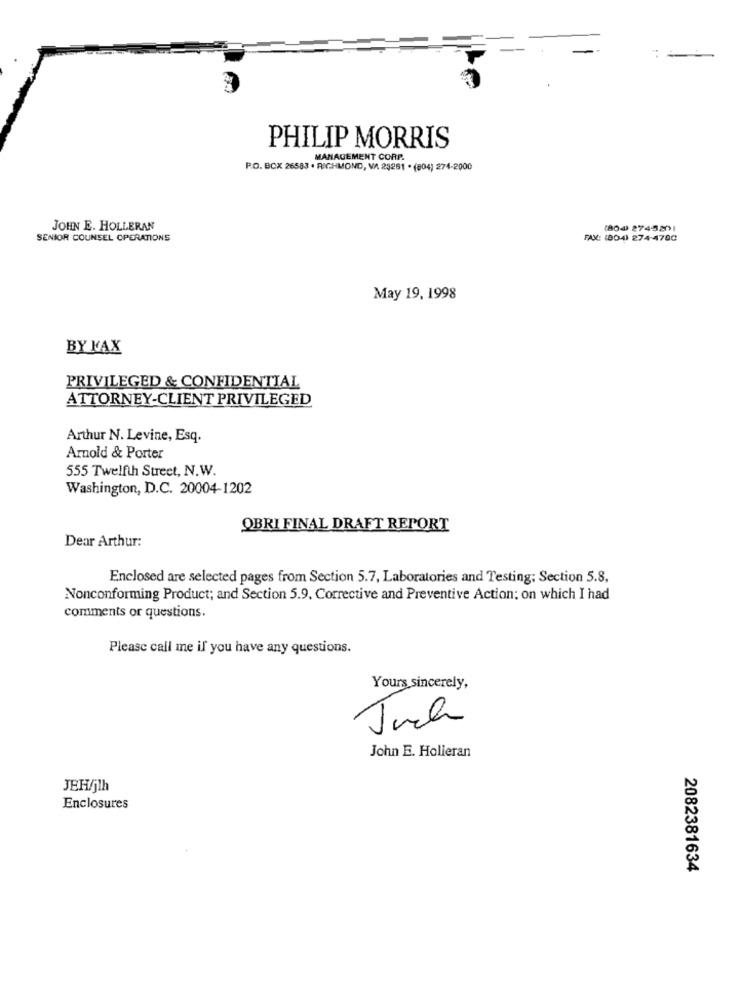
PHILIP MORRIS
MANAGEMENT CORP.
P.O. BOX 26583 · RICHMOND, VA 23261 · (804) 274-2000
JOHN E. HOLLERAN
(804) 274581
SENIOR COUNSEL OPERATIONS
FAX: (804) 274-4700
May 19, 1998
BY KAX
PRIVILEGED & CONFIDENTIAL
ATTORNEY-CLIENT PRIVILEGED
Arthur N. Levine, Esq.
Arnold & Porter
555 Twelfth Street, N.W.
Washington, D.C. 20004-1202
OBRI FINAL DRAFT REPORT
Dear Arthur:
Enclosed are selected pages from Section 5.7, Laboratories and Testing; Section 5.8,
Nonconforming Product; and Section 5.9, Corrective and Preventive Action; on which I had
comments or questions.
Please call me il' you have any questions.
Yours sincerely,
Juch
John E. Holleran
JEH/jlh
Enclosures
2082381634